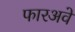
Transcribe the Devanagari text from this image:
फारअवे